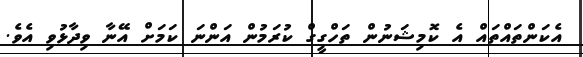
އެކަންތައްތައް އެ ކޮމިޝަނުން ތަހްގީގް ކުރަމުން އަންނަ ކަމަށް އޭނާ ވިދާޅުވި އެވެ.